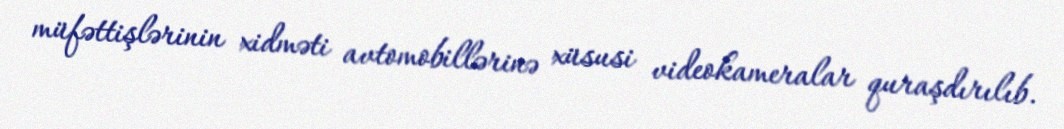
müfəttişlərinin xidməti avtomobillərinə xüsusi videokameralar quraşdırılıb.